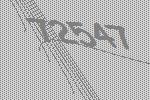
72547